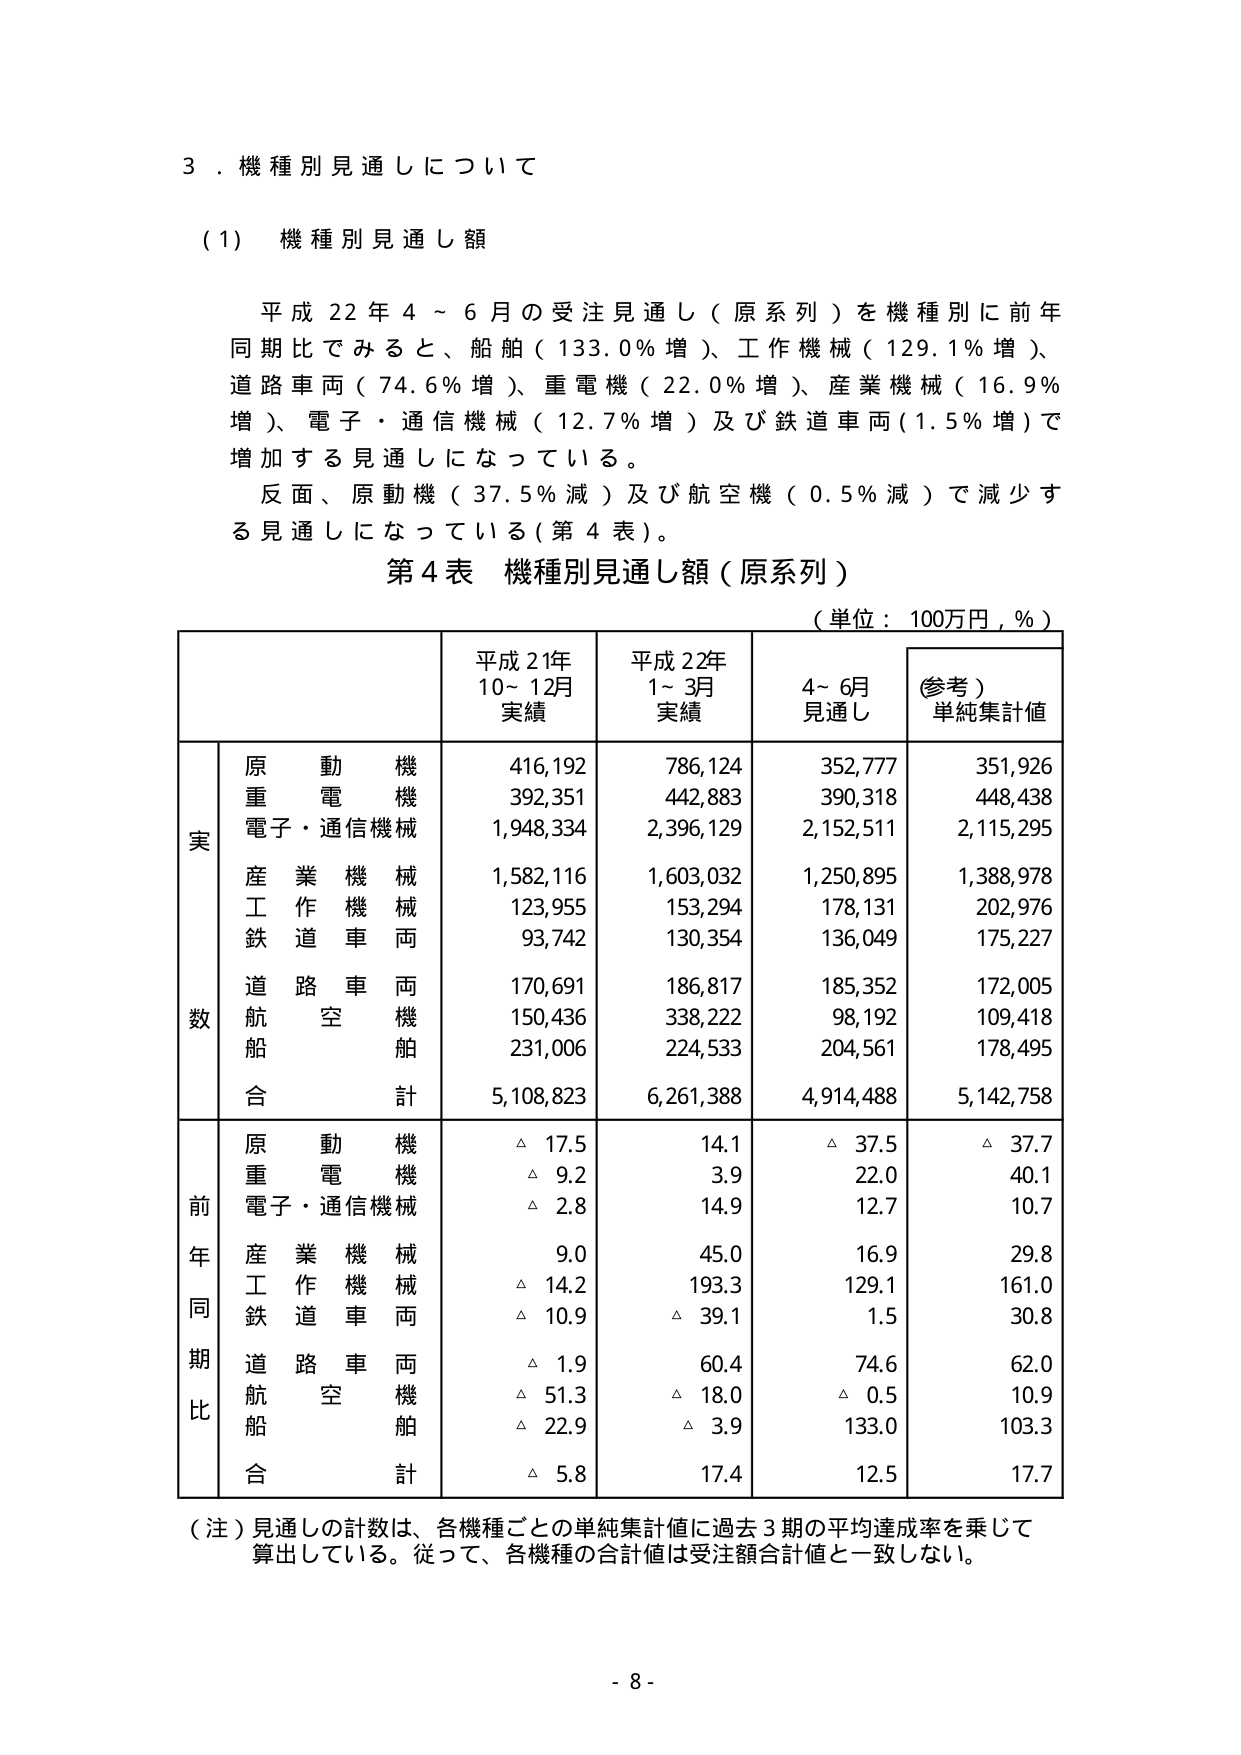
３．機種別見通しについて

（1）機種別見通し額

平成22年4～6月の受注見通し（原系列）を機種別に前年同期比でみると、船舶（133.0％増）、工作機械（129.1％増）、道路車両（74.6％増）、重電機（22.0％増）、産業機械（16.9％増）、電子・通信機械（12.7％増）及び鉄道車両（1.5％増）で増加する見通しになっている。

反面、原動機（37.5％減）及び航空機（0.5％減）で減少する見通しになっている（第4表）。

第4表 機種別見通し額（原系列）

（単位：100万円，％）

| | | 平成21年10～12月実績 | 平成22年1～3月実績 | 4～6月見通し | （参考）単純集計値 |
|---|---|---|---|---|---|
| | 原動機 | 416,192 | 786,124 | 352,777 | 351,926 |
| | 重電機 | 392,351 | 442,883 | 390,318 | 448,438 |
| | 電子・通信機械 | 1,948,334 | 2,396,129 | 2,152,511 | 2,115,295 |
| | 産業機械 | 1,582,116 | 1,603,032 | 1,250,895 | 1,388,978 |
| | 工作機械 | 123,955 | 153,294 | 178,131 | 202,976 |
| | 鉄道車両 | 93,742 | 130,354 | 136,049 | 175,227 |
| | 道路車両 | 170,691 | 186,817 | 185,352 | 172,005 |
| | 航空機 | 150,436 | 338,222 | 98,192 | 109,418 |
| | 船舶 | 231,006 | 224,533 | 204,561 | 178,495 |
| | 合計 | 5,108,823 | 6,261,388 | 4,914,488 | 5,142,758 |
| | 原動機 | △ 17.5 | 14.1 | △ 37.5 | △ 37.7 |
| | 重電機 | △ 9.2 | 3.9 | 22.0 | 40.1 |
| | 電子・通信機械 | △ 2.8 | 14.9 | 12.7 | 10.7 |
| | 産業機械 | 9.0 | 45.0 | 16.9 | 29.8 |
| | 工作機械 | △ 14.2 | 193.3 | 129.1 | 161.0 |
| | 鉄道車両 | △ 10.9 | △ 39.1 | 1.5 | 30.8 |
| | 道路車両 | △ 1.9 | 60.4 | 74.6 | 62.0 |
| | 航空機 | △ 51.3 | △ 18.0 | △ 0.5 | 10.9 |
| | 船舶 | △ 22.9 | △ 3.9 | 133.0 | 103.3 |
| | 合計 | △ 5.8 | 17.4 | 12.5 | 17.7 |

（注）見通しの計数は、各機種ごとの単純集計値に過去3期の平均達成率を乗じて算出している。従って、各機種の合計値は受注額合計値と一致しない。

- 8 -